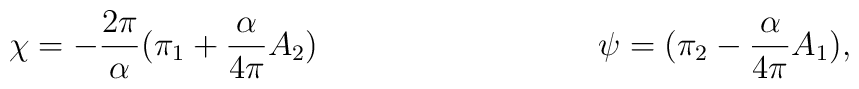
\chi = -\frac{2\pi}{\alpha}(\pi_1 + \frac{\alpha}{4\pi}A_2)   \hspace{1.4in} \psi = (\pi_2 - \frac{\alpha}{4\pi}A_1),